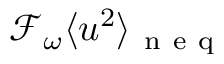
\mathcal { F } _ { \omega } \langle u ^ { 2 } \rangle _ { \mathrm { ~ n ~ e ~ q ~ } }